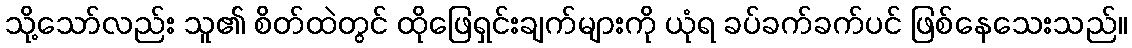
သို့သော်လည်း သူ၏ စိတ်ထဲတွင် ထိုဖြေရှင်းချက်များကို ယုံရ ခပ်ခက်ခက်ပင် ဖြစ်နေသေးသည်။